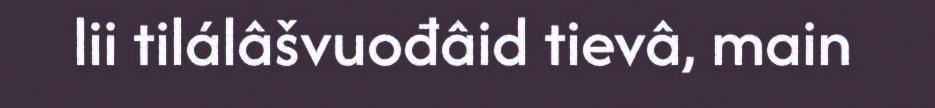
lii tilálâšvuođâid tievâ, main